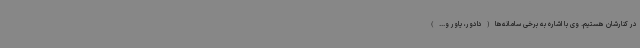
در کنارشان هستیم. وی با اشاره به برخی سامانه‌ها(دادور، یاور و...)